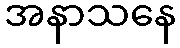
အနာသနေ